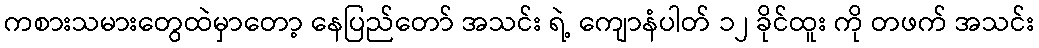
ကစားသမားတွေထဲမှာတော့ နေပြည်တော် အသင်း ရဲ့ ကျောနံပါတ် ၁၂ ခိုင်ထူး ကို တဖက် အသင်း